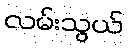
လမ်းသွယ်